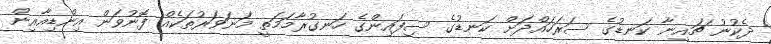
ދެކުނު ޗައިނާ ކަނޑުގެ ސަރަހައްދަށް ކަނޑުގެ ސިފައިންގެ ހަނގުރާމަމަތީ މަނަވަރުތަކެއް ފޮނުވަން އިންޑިއާއިން